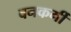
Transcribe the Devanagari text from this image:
वनकर्मी